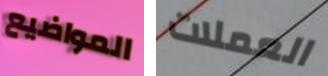
المواضيع العملات